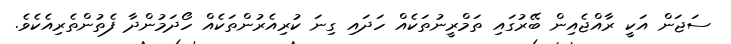
ސަޖަން އަކީ ރާއްޖެއިން ބޭރުގައި ތަމްރީނުތަކެއް ހަދައި ގިނަ ކުރިއެރުންތަކެއް ހޯދަމުންދާ ފެތުންތެރިއެކެވެ.